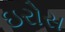
ઇરોસ